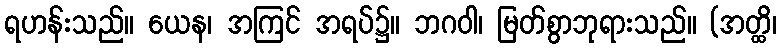
ရဟန်းသည်။ ယေန၊ အကြင် အရပ်၌။ ဘဂဝါ၊ မြတ်စွာဘုရားသည်။ (အတ္ထိ၊